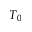
T _ { 0 }